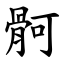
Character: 䯊